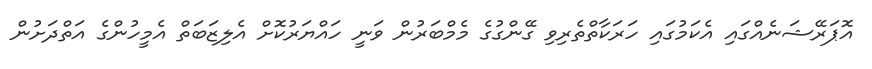
އޮޕަރޭޝަނެއްގައި އެކަމުގައި ހަރަކާތްތެރިވި ގޭންގުގެ މެމްބަރުން ވަނީ ހައްޔަރުކޮށް އެލިޒަބަތް އެމީހުންގެ އަތްދަށުން